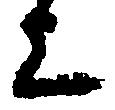
上